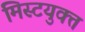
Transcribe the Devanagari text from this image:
मिस्टयुक्त